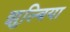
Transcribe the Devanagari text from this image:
झुल्बिया